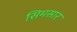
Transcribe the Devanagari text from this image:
सिमसार